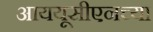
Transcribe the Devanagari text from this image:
आययूसीएनच्या